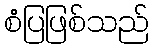
စံပြဖြစ်သည်